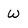
Character: W